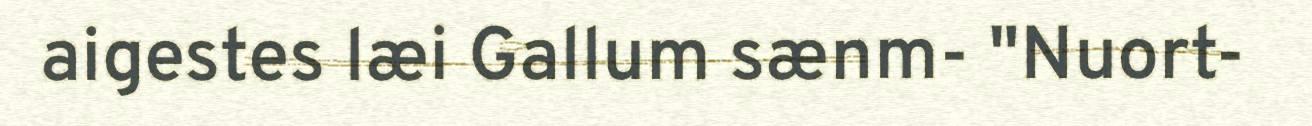
aigestes læi Gallum sænm- "Nuort-